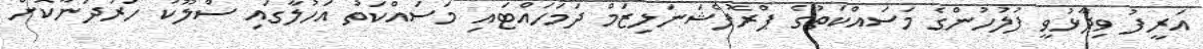
އަރީފު ވިދާޅުވީ ފުލުހުންގެ މަސައްކަތުގެ ޕްރޮފެޝަނަލިޒަމް ދަމަހައްޓައި މަސައްކަތު އަހުލާގައި ސްލޫކު ހަރުދަނާކޮށް